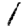
Digit: 1